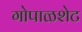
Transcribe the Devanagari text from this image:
गोपाळशेट